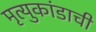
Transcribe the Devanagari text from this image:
मृत्युकांडाची